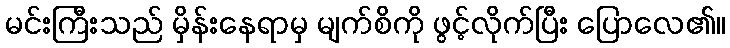
မင်းကြီးသည် မှိန်းနေရာမှ မျက်စိကို ဖွင့်လိုက်ပြီး ပြောလေ၏။